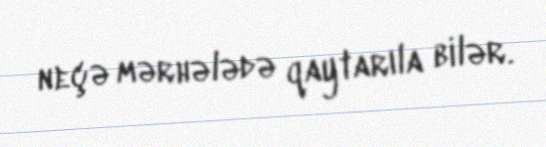
neçə mərhələdə qaytarıla bilər.